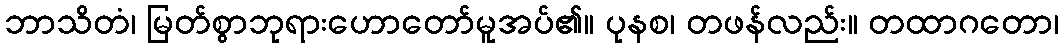
ဘာသိတံ၊ မြတ်စွာဘုရားဟောတော်မူအပ်၏။ ပုနစ၊ တဖန်လည်း။ တထာဂတော၊